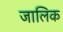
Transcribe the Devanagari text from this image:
जालिक